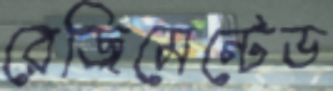
রেজিমেন্টেড